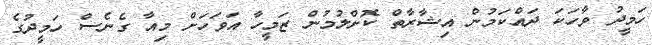
ހަމީދު ވާހަކަ ދައްކަމުން އިޝާރާތް ކޮށްލުމުން ޒަމީހާ އަވަހަށް މިއާ ގެނެސް ހަމީދުގެ